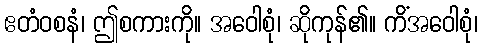
ဧတံဝစနံ၊ ဤစကားကို။ အဝေါစုံ၊ ဆိုကုန်၏။ ကိံအဝေါစုံ၊